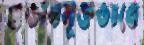
প্রভাবমুক্তভাবে